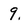
Character: 9